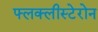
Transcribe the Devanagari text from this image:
फ्लक्लीस्टेरोन